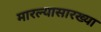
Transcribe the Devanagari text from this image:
मारल्यासारख्या